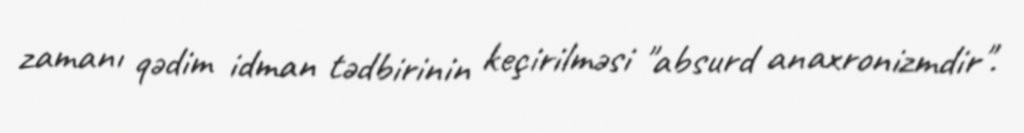
zamanı qədim idman tədbirinin keçirilməsi "absurd anaxronizmdir".